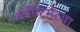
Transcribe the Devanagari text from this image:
कमिटमेंटचा